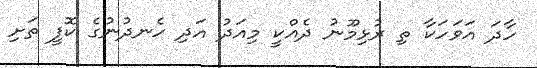
ހާދަ އަވަހަކާ ތި ރުޅިމޫނު ދެއްކީ މިއަދު އަދި ހެނދުނުގެ ކޮފީ ތަށި